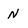
Character: N